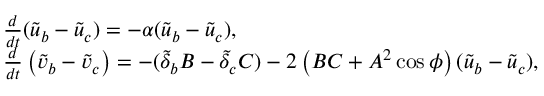
\begin{array} { r l } & { \frac { d } { d t } ( \tilde { u } _ { b } - \tilde { u } _ { c } ) = - \alpha ( \tilde { u } _ { b } - \tilde { u } _ { c } ) , } \\ & { \frac { d } { d t } \left( \tilde { v } _ { b } - \tilde { v } _ { c } \right) = - ( \tilde { \delta } _ { b } B - \tilde { \delta } _ { c } C ) - 2 \left( B C + A ^ { 2 } \cos \phi \right) ( \tilde { u } _ { b } - \tilde { u } _ { c } ) , } \end{array}